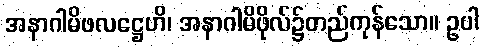
အနာဂါမိဖလဋ္ဌေဟိ၊ အနာဂါမိဖိုလ်၌တည်ကုန်သော။ ဥပါ